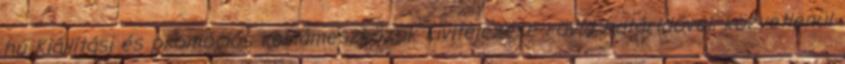
hu Kiállítási és promóciós reklámeszközök kivitelezése rövid határidővel, közvetlenül